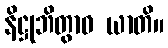
နိဋ္ဌုဘိတွာဝ ယာတိ။